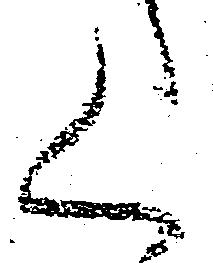
く